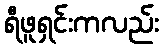
ရီဖူရှင်းကလည်း